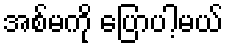
အစ်မကို ပြောပါ့မယ်